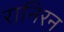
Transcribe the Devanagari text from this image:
रानिरन